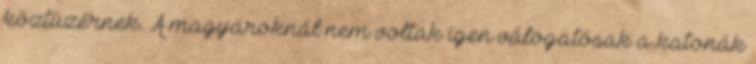
köztüzérnek. A magyaroknál nem voltak igen válogatósak a katonák